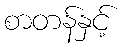
စာတန်နှင့်